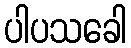
ပါပသခေါ